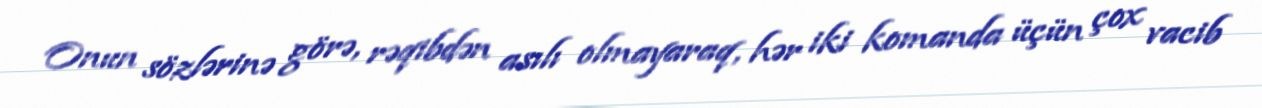
Onun sözlərinə görə, rəqibdən asılı olmayaraq, hər iki komanda üçün çox vacib